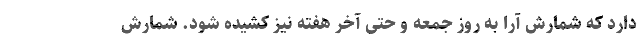
دارد که شمارش آرا به روز جمعه و حتی آخر هفته نیز کشیده شود. شمارش